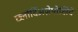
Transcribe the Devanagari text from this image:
छ्लोर्दिअज़ेपोक्षिदे